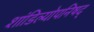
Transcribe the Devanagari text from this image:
शांडिल्योपनिषद्